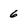
Character: 6